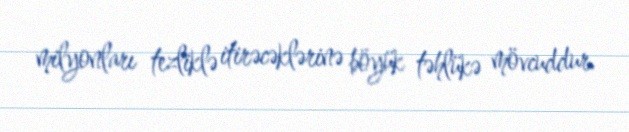
milyonları tezliklə itirəcəklərinə böyük təhlükə mövcuddur.